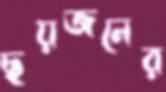
ছয়জনের